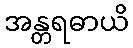
အန္တရဓာယိ